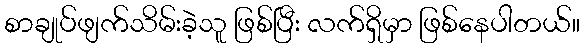
စာချုပ်ဖျက်သိမ်းခဲ့သူ ဖြစ်ပြီး လက်ရှိမှာ ဖြစ်နေပါတယ်။